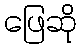
ဖြေဆို